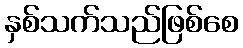
နှစ်သက်သည်ဖြစ်စေ